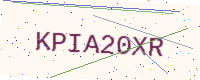
Text: KPIA20XR